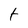
Character: t